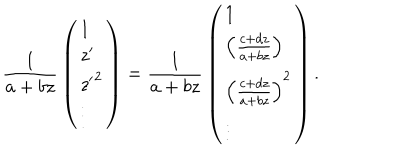
LaTeX: { \frac { 1 } { a + b z } } \left( \begin{array} { l } { { 1 } } \\ { { z ^ { \prime } } } \\ { { { z ^ { \prime } } ^ { 2 } } } \\ { { \vdots } } \\ \end{array} \right) = { \frac { 1 } { a + b z } } \left( \begin{array} { l } { { 1 } } \\ { { \left( { \frac { c + d z } { a + b z } } \right) } } \\ { { \left( { \frac { c + d z } { a + b z } } \right) ^ { 2 } } } \\ { { \vdots } } \\ \end{array} \right) .